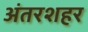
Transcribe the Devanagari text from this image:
अंतरशहर